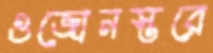
ওজোনস্তরে